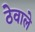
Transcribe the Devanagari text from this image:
ठेवाले